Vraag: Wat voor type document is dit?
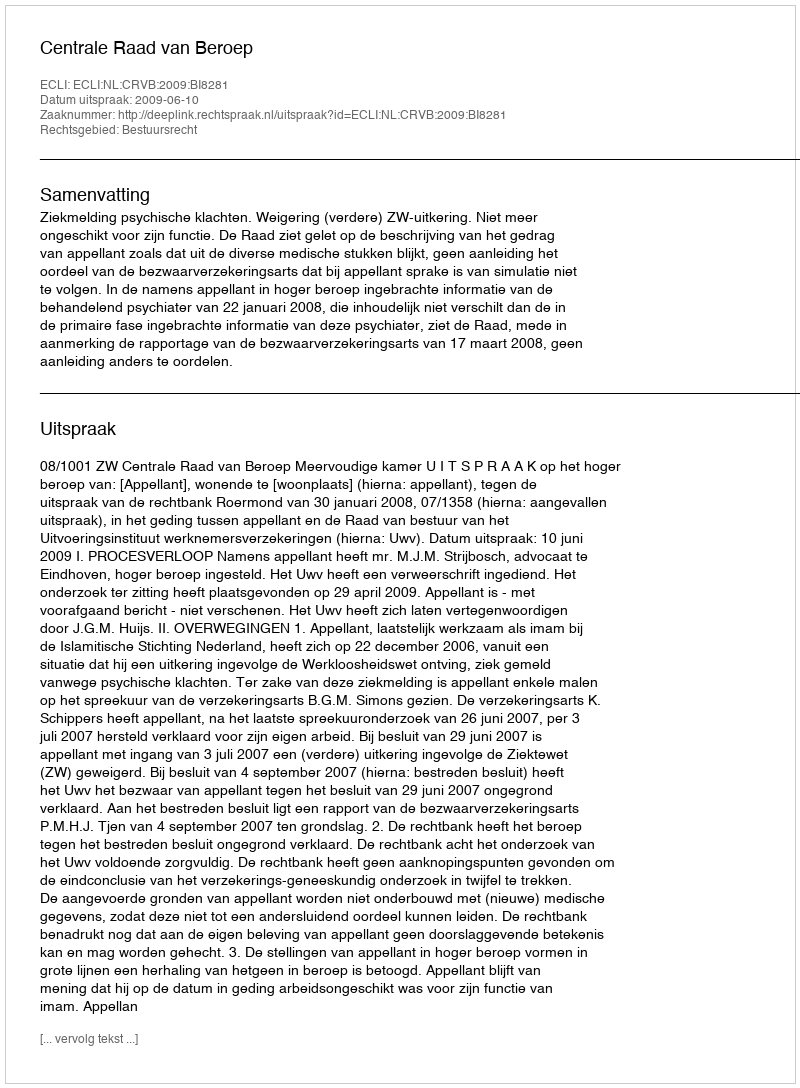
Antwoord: Uitspraak